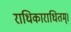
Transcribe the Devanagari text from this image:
राधिकाराधितम्।